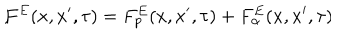
F ^ { E } ( x , x ^ { \prime } , \tau ) = F _ { p } ^ { E } ( x , x ^ { \prime } , \tau ) + F _ { \alpha } ^ { E } ( x , x ^ { \prime } , \tau ) \hspace { 1 c m } ,